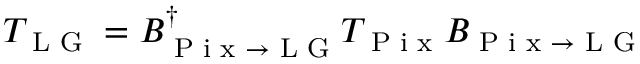
T _ { \textrm { L G } } = B _ { \textrm { P i x } \rightarrow \textrm { L G } } ^ { \dagger } T _ { \textrm { P i x } } B _ { \textrm { P i x } \rightarrow \textrm { L G } }